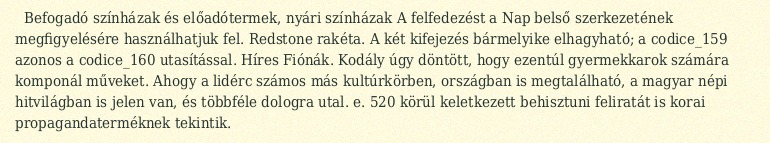
Befogadó színházak és előadótermek, nyári színházak A felfedezést a Nap belső szerkezetének megfigyelésére használhatjuk fel. Redstone rakéta. A két kifejezés bármelyike elhagyható; a codice_159 azonos a codice_160 utasítással. Híres Fiónák. Kodály úgy döntött, hogy ezentúl gyermekkarok számára komponál műveket. Ahogy a lidérc számos más kultúrkörben, országban is megtalálható, a magyar népi hitvilágban is jelen van, és többféle dologra utal. e. 520 körül keletkezett behisztuni feliratát is korai propagandaterméknek tekintik.